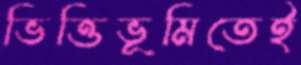
ভিত্তিভূমিতেই